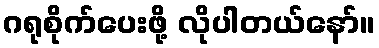
ဂရုစိုက်ပေးဖို့ လိုပါတယ်နော်။